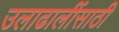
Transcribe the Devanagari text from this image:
उलाढालींसाठी